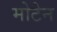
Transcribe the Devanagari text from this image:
मोटेन